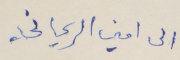
الى امين الريحاني